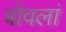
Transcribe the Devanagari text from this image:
बोवलां